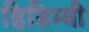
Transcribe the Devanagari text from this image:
हिडिम्बी